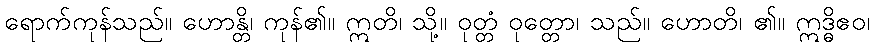
ရောက်ကုန်သည်။ ဟောန္တိ၊ ကုန်၏။ ဣတိ၊ သို့။ ဝုတ္တံ ဝုတ္တော၊ သည်။ ဟောတိ၊ ၏။ ဣဒ္ဓိဧဝ၊